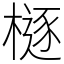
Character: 㯌